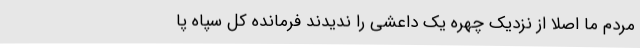
مردم ما اصلاً از نزدیک چهره یک داعشی را ندیدند فرمانده کل سپاه پا